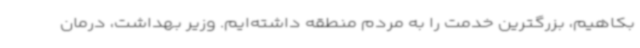
بکاهیم، بزرگترین خدمت را به مردم منطقه داشته‌ایم. وزیر بهداشت، درمان